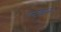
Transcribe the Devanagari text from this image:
एन्टोइने